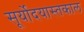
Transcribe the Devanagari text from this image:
सूर्योदयास्तकाल